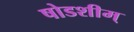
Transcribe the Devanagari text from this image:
षोडशीम्